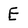
Character: E